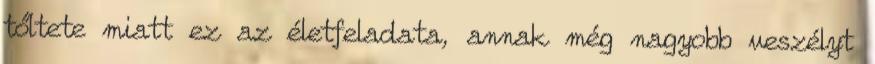
tőltete miatt ez az életfeladata, annak még nagyobb veszélyt